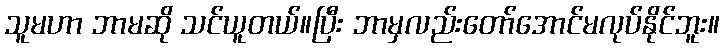
သူမဟာ ဘာမဆို သင်ယူတယ်။ပြီး ဘာမှလည်းတော်အောင်မလုပ်နိုင်ဘူး။